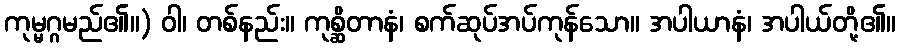
ကုမ္မဂ္ဂမည်၏။) ဝါ၊ တစ်နည်း။ ကုစ္ဆိတာနံ၊ စက်ဆုပ်အပ်ကုန်သော။ အပါယာနံ၊ အပါယ်တို့၏။